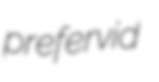
prefervid